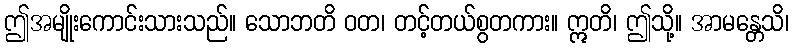
ဤအမျိုးကောင်းသားသည်။ သောဘတိ ဝတ၊ တင့်တယ်စွတကား။ ဣတိ၊ ဤသို့။ အာမန္တေသိ၊